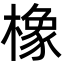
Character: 橡